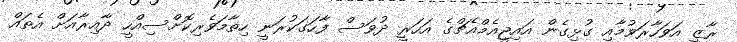
ރާޒީ އަވަހާރަވުމާއި ގުޅިގެން އައިޖީއެމްއެޗްގެ އަހަރީ ދުވަސް ފާހަގަކުރަނީ ހިތާމަވެރިކޮށްސިއްހީ ދާއިރާއަށް އެތައް